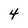
Character: 4